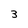
Character: 3